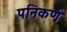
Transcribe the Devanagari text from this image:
पनिकर्ण